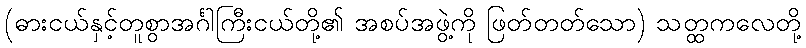
(ဓားငယ်နှင့်တူစွာအင်္ဂါကြီးငယ်တို့၏ အစပ်အဖွဲ့ကို ဖြတ်တတ်သော) သတ္ထကလေတို့